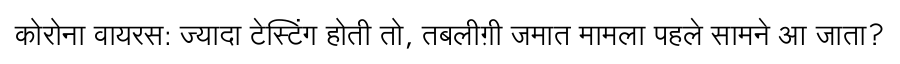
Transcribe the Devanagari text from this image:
कोरोना वायरस: ज्यादा टेस्टिंग होती तो, तबलीग़ी जमात मामला पहले सामने आ जाता?